Annual administration report of the Civil Veterinary Department of India - 1895-1896
Year: 1895
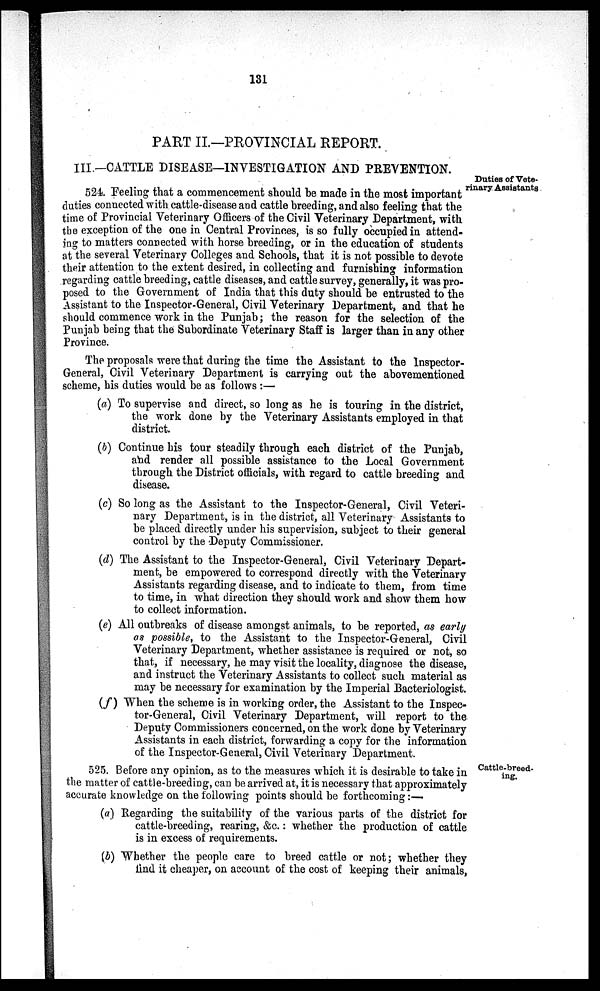
131
PART II.—PROVINCIAL REPORT.
III.—CATTLE DISEASE—INVESTIGATION AND PREVENTION.
Duties of Vete-
rinary Assistants
524. Feeling that a commencement should be made in the most important
duties connected with cattle-disease and cattle breeding, and also feeling that the
time of Provincial Veterinary Officers of the Civil Veterinary Department, with
the exception of the one in Central Provinces, is so fully occupied in attend-
ing to matters connected with horse breeding, or in the education of students
at the several Veterinary Colleges and Schools, that it is not possible to devote
their attention to the extent desired, in collecting and furnishing information
regarding cattle breeding, cattle diseases, and cattle survey, generally, it was pro-
posed to the Government of India that this duty should be entrusted to the
Assistant to the Inspector-General, Civil Veterinary Department, and that he
should commence work in the Punjab; the reason for the selection of the
Punjab being that the Subordinate Veterinary Staff is larger than in any other
Province.
The proposals were that during the time the Assistant to the Inspector-
General, Civil Veterinary Department is carrying out the abovementioned
scheme, his duties would be as follows:—
(a) To supervise and direct, so long as he is touring in the district,
the work done by the Veterinary Assistants employed in that
district.
(b) Continue his tour steadily through each district of the Punjab,
and render all possible assistance to the Local Government
through the District officials, with regard to cattle breeding and
disease.
(c) So long as the Assistant to the Inspector-General, Civil Veteri-
nary Department, is in the district, all Veterinary Assistants to
be placed directly under his supervision, subject to their general
control by the Deputy Commissioner.
(d) The Assistant to the Inspector-General, Civil Veterinary Depart-
ment, be empowered to correspond directly with the Veterinary
Assistants regarding disease, and to indicate to them, from time
to time, in what direction they should work and show them how
to collect information.
(e) All outbreaks of disease amongst animals, to be reported, as early
as possible, to the Assistant to the Inspector-General, Civil
Veterinary Department, whether assistance is required or not, so
that, if necessary, he may visit the locality, diagnose the disease,
and instruct the Veterinary Assistants to collect such material as
may be necessary for examination by the Imperial Bacteriologist.
(f) When the scheme is in working order, the Assistant to the Inspec-
tor-General, Civil Veterinary Department, will report to the
Deputy Commissioners concerned, on the work done by Veterinary
Assistants in each district, forwarding a copy for the information
of the Inspector-General, Civil Veterinary Department.
Cattle-breed-
ing.
525. Before any opinion, as to the measures which it is desirable to take in
the matter of cattle-breeding, can be arrived at, it is necessary that approximately
accurate knowledge on the following points should be forthcoming:—
(a) Regarding the suitability of the various parts of the district for
cattle-breeding, rearing, &c.: whether the production of cattle
is in excess of requirements.
(b) Whether the people care to breed cattle or not; whether they
find it cheaper, on account of the cost of keeping their animals,